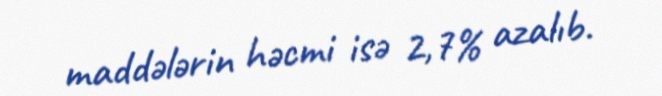
maddələrin həcmi isə 2,7% azalıb.